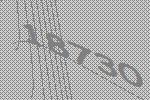
18730